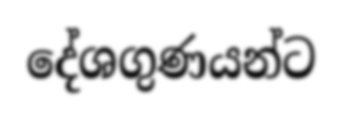
දේශගුණයන්ට